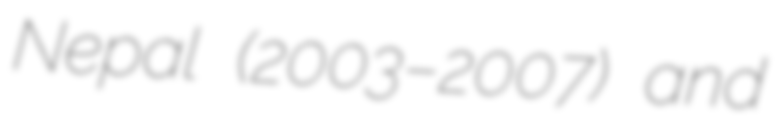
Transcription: Nepal (2003–2007) and